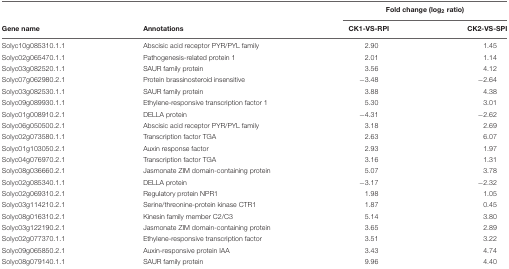
<table><thead><tr><td></td><td></td><td colspan="2"><b>Fold change (log<sub>2</sub> ratio)</b></td></tr><tr><td><b>Gene name</b></td><td><b>Annotations</b></td><td><b>CK1-VS-RPI</b></td><td><b>CK2-VS-SPI</b></td></tr></thead><tbody><tr><td>Solyc10g085310.1.1</td><td>Abscisic acid receptor PYR/PYL family</td><td>2.90</td><td>1.45</td></tr><tr><td>Solyc02g065470.1.1</td><td>Pathogenesis-related protein 1</td><td>2.01</td><td>1.14</td></tr><tr><td>Solyc03g082520.1.1</td><td>SAUR family protein</td><td>3.56</td><td>4.12</td></tr><tr><td>Solyc07g062980.2.1</td><td>Protein brassinosteroid insensitive</td><td>-3.48</td><td>-2.64</td></tr><tr><td>Solyc03g082530.1.1</td><td>SAUR family protein</td><td>3.88</td><td>4.38</td></tr><tr><td>Solyc09g089930.1.1</td><td>Ethylene-responsive transcription factor 1</td><td>5.30</td><td>3.01</td></tr><tr><td>Solyc01g008910.2.1</td><td>DELLA protein</td><td>-4.31</td><td>-2.62</td></tr><tr><td>Solyc06g050500.2.1</td><td>Abscisic acid receptor PYR/PYL family</td><td>3.18</td><td>2.69</td></tr><tr><td>Solyc02g073580.1.1</td><td>Transcription factor TGA</td><td>2.63</td><td>6.07</td></tr><tr><td>Solyc01g103050.2.1</td><td>Auxin response factor</td><td>2.93</td><td>1.97</td></tr><tr><td>Solyc04g076970.2.1</td><td>Transcription factor TGA</td><td>3.16</td><td>1.31</td></tr><tr><td>Solyc08g036660.2.1</td><td>Jasmonate ZIM domain-containing protein</td><td>5.07</td><td>3.78</td></tr><tr><td>Solyc02g085340.1.1</td><td>DELLA protein</td><td>-3.17</td><td>-2.32</td></tr><tr><td>Solyc02g069310.2.1</td><td>Regulatory protein NPR1</td><td>1.98</td><td>1.05</td></tr><tr><td>Solyc03g114210.2.1</td><td>Serine/threonine-protein kinase CTR1</td><td>1.87</td><td>0.45</td></tr><tr><td>Solyc08g016310.2.1</td><td>Kinesin family member C2/C3</td><td>5.14</td><td>3.80</td></tr><tr><td>Solyc03g122190.2.1</td><td>Jasmonate ZIM domain-containing protein</td><td>3.65</td><td>2.89</td></tr><tr><td>Solyc02g077370.1.1</td><td>Ethylene-responsive transcription factor</td><td>3.51</td><td>3.22</td></tr><tr><td>Solyc09g065850.2.1</td><td>Auxin-responsive protein IAA</td><td>3.43</td><td>4.74</td></tr><tr><td>Solyc08g079140.1.1</td><td>SAUR family protein</td><td>9.96</td><td>4.40</td></tr></tbody></table>